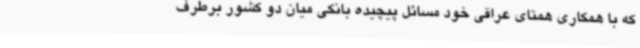
که با همکاری همتای عراقی خود مسائل پیچیده بانکی میان دو کشور برطرف